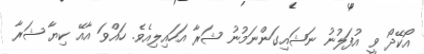
އޯކޭދޯ ވީ އުފަލުނު ނަޝައިގަންނަމުނު ޝަރާ އަހައިލިއެވެ. ހައްވަ އާއޭ ކިޔާ ޝަރާ